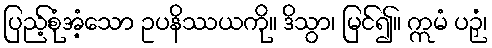
ပြည့်စုံအံ့သော ဥပနိဿယကို။ ဒိသွာ၊ မြင်၍။ ဣမံ ပဉှံ၊